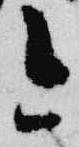
今